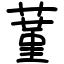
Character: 蓳